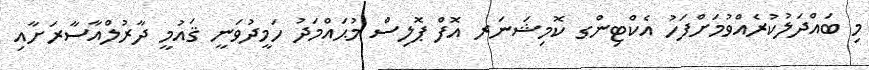
މި ބައްދަލުކުރެއްވުމަށްފަހު އެކްޓިންގ ކޮމިޝަނަރ އޮފް ޕޮލިސް މުޙައްމަދު ހަމީދުވަނީ ޤައުމީ ދާރުލްއާސާރަށާއި